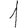
Digit: 1